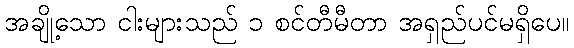
အချို့သော ငါးများသည် ၁ စင်တီမီတာ အရှည်ပင်မရှိပေ။